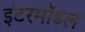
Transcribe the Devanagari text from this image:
इंटरमॉडल